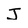
Character: J